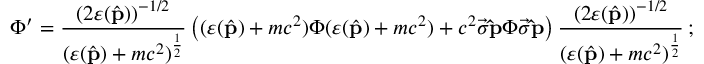
\Phi ^ { \prime } = \frac { ( 2 \varepsilon ( \hat { \bf p } ) ) ^ { - 1 / 2 } } { ( \varepsilon ( \hat { \bf p } ) + m c ^ { 2 } ) ^ { \frac { 1 } { 2 } } } \left( ( \varepsilon ( \hat { \bf p } ) + m c ^ { 2 } ) \Phi ( \varepsilon ( \hat { \bf p } ) + m c ^ { 2 } ) + c ^ { 2 } \vec { \sigma } { \bf \hat { p } } \Phi \vec { \sigma } { \bf \hat { p } } \right) \frac { ( 2 \varepsilon ( \hat { \bf p } ) ) ^ { - 1 / 2 } } { ( \varepsilon ( \hat { \bf p } ) + m c ^ { 2 } ) ^ { \frac { 1 } { 2 } } } \, ;